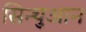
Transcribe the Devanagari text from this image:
सिन्चुआन